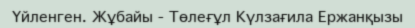
Үйленген. Жұбайы - Төлеғұл Күлзағила Ержанқызы